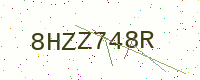
Text: 8HZZ748R